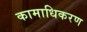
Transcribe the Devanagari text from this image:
कामाधिकरण